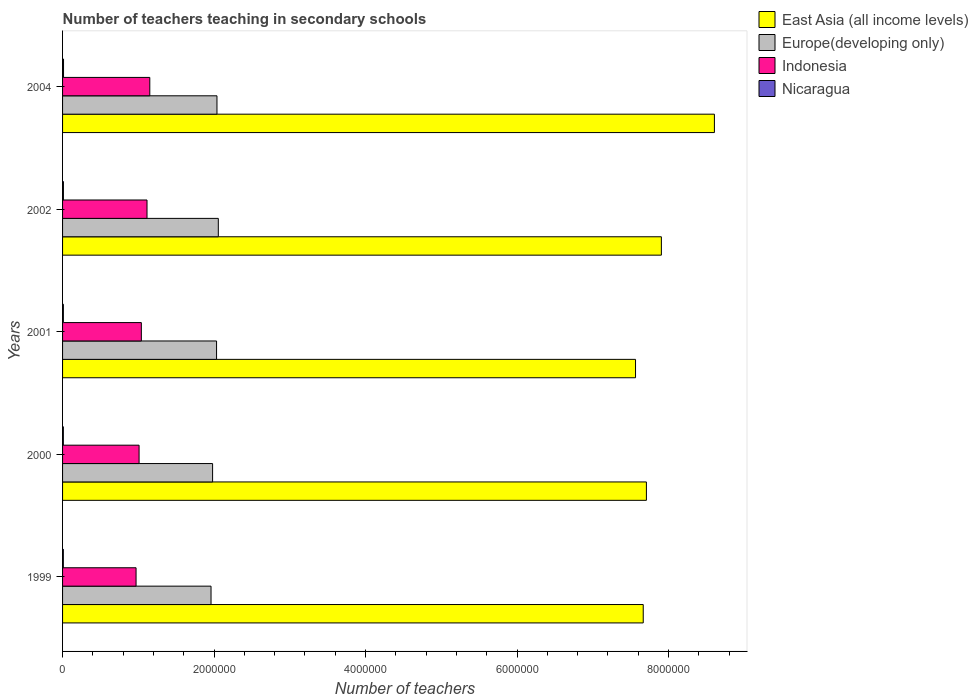
| Years | East Asia (all income levels) | Europe(developing only) | Indonesia | Nicaragua |
 | --- | --- | --- | --- | --- |
 | 1999 | 7.67e+06 | 1.96e+06 | 9.7e+05 | 1.04e+04 |
 | 2000 | 7.71e+06 | 1.98e+06 | 1.01e+06 | 1.04e+04 |
 | 2001 | 7.56e+06 | 2.03e+06 | 1.04e+06 | 1.06e+04 |
 | 2002 | 7.91e+06 | 2.06e+06 | 1.11e+06 | 1.13e+04 |
 | 2004 | 8.61e+06 | 2.04e+06 | 1.15e+06 | 1.28e+04 |